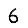
Digit: 6